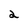
Character: 2